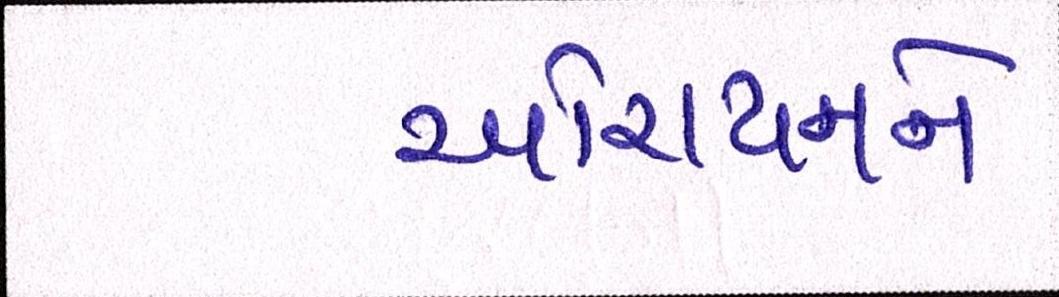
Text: ઓરાયનને